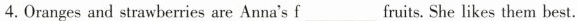
4.Oranges and strawberries are Anna's f___ fruits. She likes them best.